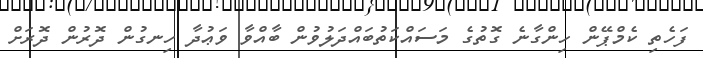
ފަހެތި ކެމްޕޭން ހިންގާނެ ގޮތުގެ މަސައްކަތުބައްދަލުވުން ބާއްވާ ވަޢުދާ ހިނގުން ދޮރުން ދޮރަށް